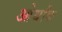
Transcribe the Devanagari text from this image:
ओर्थांक